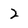
Character: 2